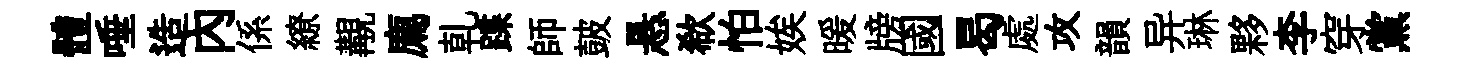
體唾造内係繚覯廌乹蹀師皷悬欷怕娭暖牓國曷處攻韻异琳夥李穿黨